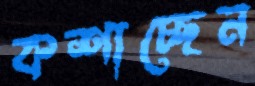
কশাচ্ছেন